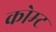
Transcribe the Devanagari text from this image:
कोम्ट